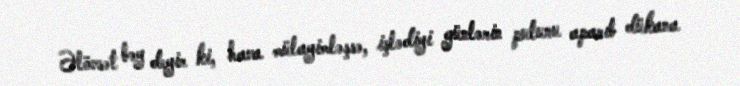
Əlövsət bəy deyir ki, hava mülayimləşsə, işlədiyi günlərin pulunu aparıb dükana